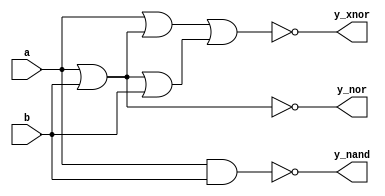
`timescale 1ns / 1ps
//////////////////////////////////////////////////////////////////////////////////
// Company: 
// Engineer: 
// 
// Design Name: 
// Module Name: Nand_Nor_Xnor
// Project Name: 
// Target Devices: 
// Tool Versions: 
// Description: 
// 
// Dependencies: 
// 
// Revision:
// Revision 0.01 - File Created
// Additional Comments:
// 
//////////////////////////////////////////////////////////////////////////////////


module Nand_Nor_Xnor(
    input a,
    input b,
    output y_nand,
    output y_nor,
    output y_xnor
    );
    
assign y_nand = !(a&b);
assign y_nor = !(a|b);
assign y_xnor = !((a|(a|b))|((a|b)|b));
endmodule